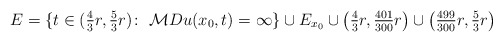
\begin{align*}E=\{t\in(\tfrac{4}{3}r,\tfrac{5}{3}r)\colon\;\mathcal{M}Du(x_{0},t)=\infty\}\cup E_{x_{0}} \cup \big(\tfrac{4}{3}r,\tfrac{401}{300}r\big)\cup\big(\tfrac{499}{300}r,\tfrac{5}{3}r\big)\end{align*}